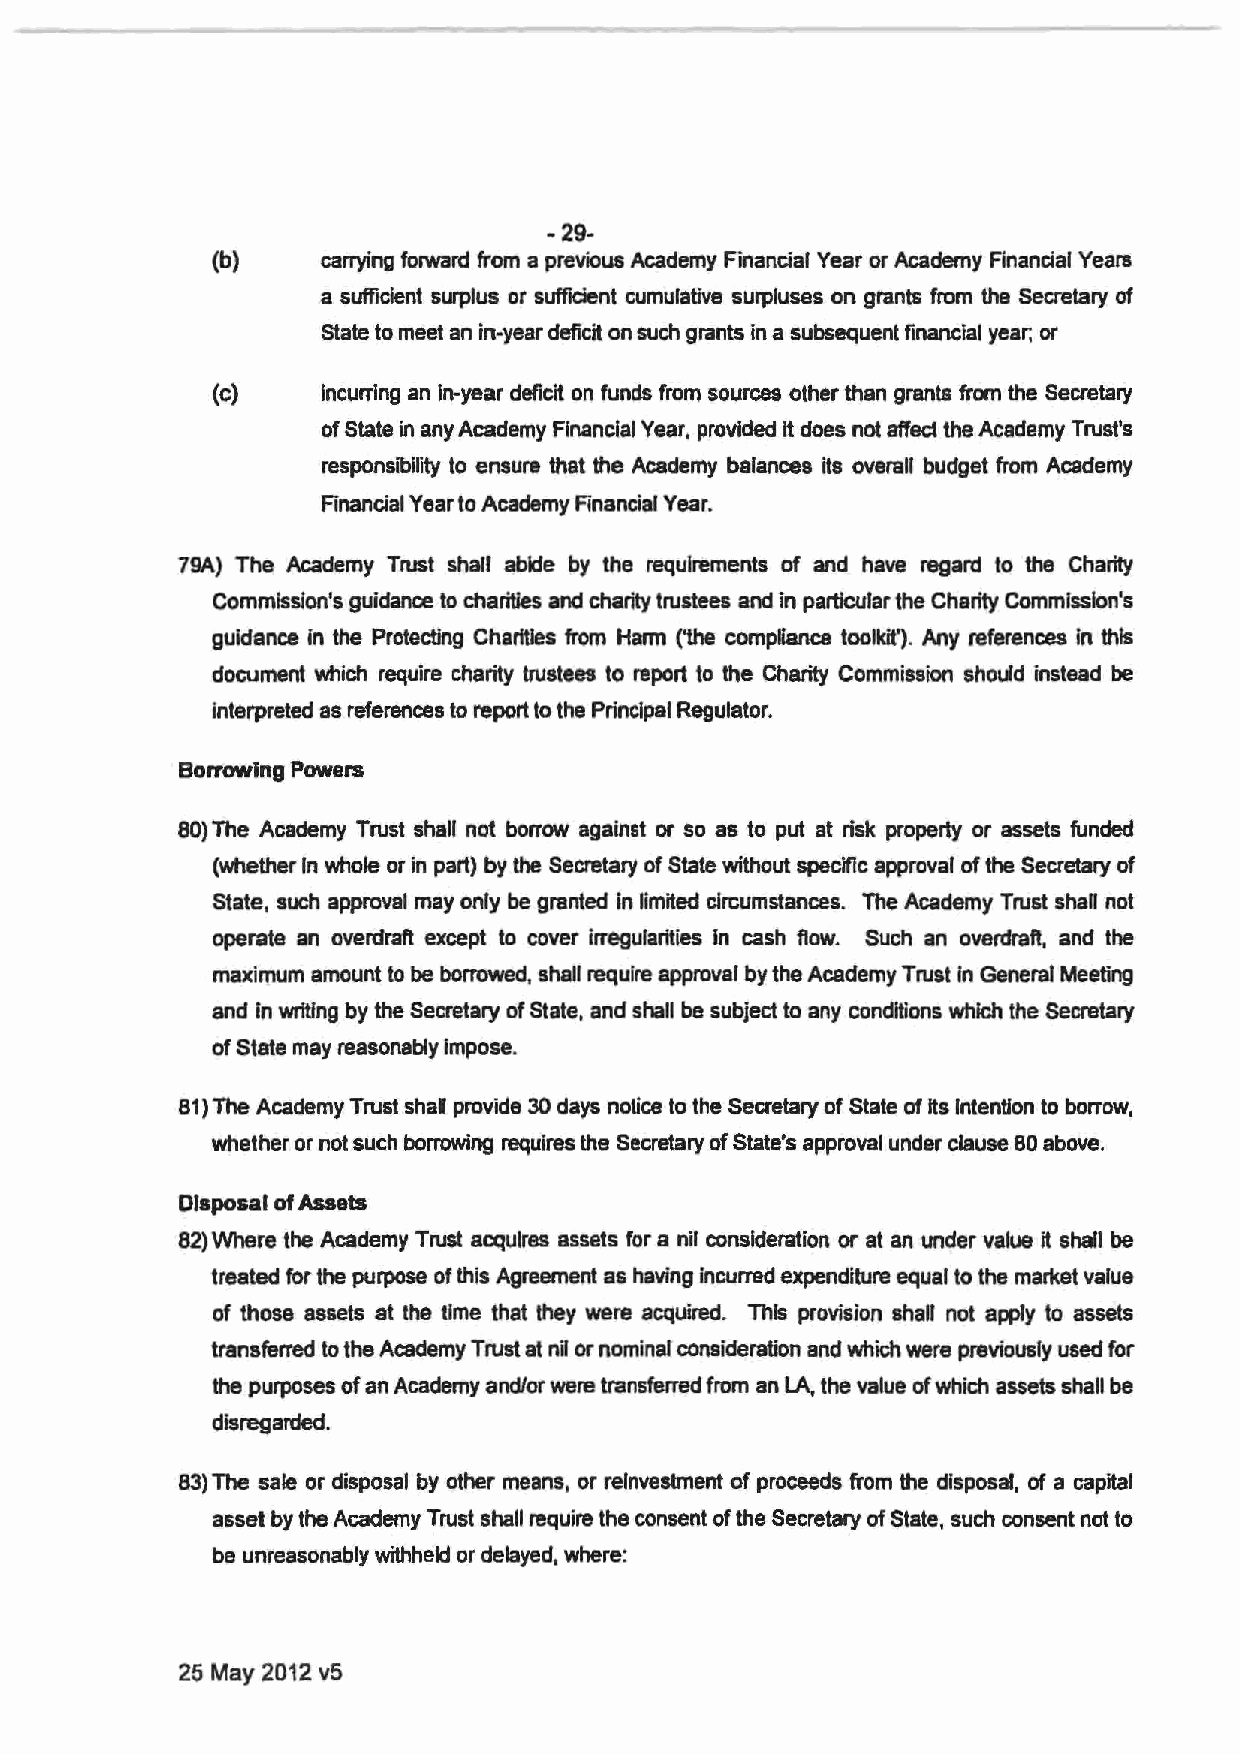
-29-
 (b)    carrying forward from a previous Academy Financial Year or Academy Financial Years
 a sufficient surplus or sufficient cumulative surpluses on grants from the Secretary of
 state to meet an in-year deficit on such grants in a subsequent financial year; or
 (c)    incurring an in-year deficit on funds from sources other than grants from the Secretary
 of State in any Academy Financial Year, provided It does not affect the Academy Trust's
 responsibility to ensure that the Academy balances its overall budget from Academy
 Financial Year to Academy Financial Year.
 79A) The Academy Trust shall abide by the requirements of and have regard to the Charity
 Commission's guidance to charities and charity trustees and in particular the Charity Commission's
 guidance in the Protecting Charities from Harm ('the compliance toolkit'). Any references in this
 document which require charity trustees to report to the Charity Commission should instead be
 interpreted as references to report to the Principal Regulator.
 Borrowing Powers
 80) The Academy Trust shall not borrow against or so as to put at risk property or assets funded
 (whether In whole or in part) by the Secretary of State without specific approval of the Secretary of
 State, such approval may only be granted in limited circumstances. The Academy Trust shall not
 operate an overdraft except to cover irregularities In cash flow. Such an overdraft, and the
 maximum amount to be borrowed, shall require approval by the Academy Trust In General Meeting
 and in writing by the Secretary of State, and shall be subject to any conditions which the Secretary
 of State may reasonably impose.
 81) The Academy Trust shall provide 30 days notice to the Secretary of State of Its Intention to borrow,
 whether or not such borrowing requires the Secretary of State's approval under clause 80 above.
 Disposal of Assets
 82) Where the Academy Trust acquires assets for a nil consideration or at an under value it shall be
 treated for the purpose of this Agreement as having incurred expenditure equal to the market value
 of those assets at the time that they were acquired. This provision shaU not apply to assets
 transferred to the Academy Trust at ni or nominal consideration and which were previously used for
 the purposes of an Academy and/or were transferred from an LA, the value of which assets shall be
 disregarded.
 83) The sale or disposal by other means, or reinvestment of proceeds from the disposal, of a capital
 asset by the Academy Trust shall require the consent of the Secretary of State, such consent not to
 be unreasonably withheld or delayed, where:
 25 May 2012 v5